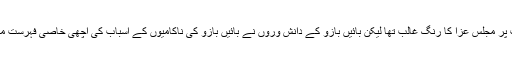
اگرچہ تقریب پر مجلس عزا کا رنگ غالب تھا لیکن بائیں بازو کے دانش وروں نے بائیں بازو کی ناکامیوں کے اسباب کی اچھی خاصی فہرست مرتب کرڈالی۔